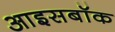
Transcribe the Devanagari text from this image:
आइसबॉक